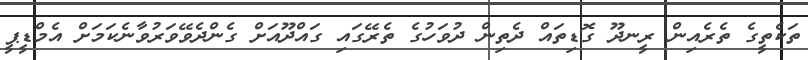
ތަކެތީގެ ތެރެއިން ރީނދޫ ގޮޑިތައް ދެތިން ދުވަހުގެ ތެރޭގައި ގައްދޫއަށް ގެންދެވޭވަރުވާނެކަމަށް އެމްޑީޕީ